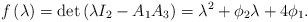
LaTeX: \begin{align*}f\left( \lambda \right) =\det \left( \lambda I_{2}-A_{1}A_{3}\right)=\lambda^{2}+\phi_{2}\lambda+4\phi_{1}.\end{align*}